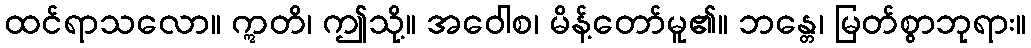
ထင်ရာသလော။ ဣတိ၊ ဤသို့။ အဝေါစ၊ မိန့်တော်မူ၏။ ဘန္တေ၊ မြတ်စွာဘုရား။